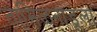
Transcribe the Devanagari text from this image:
तामिळनाडूला